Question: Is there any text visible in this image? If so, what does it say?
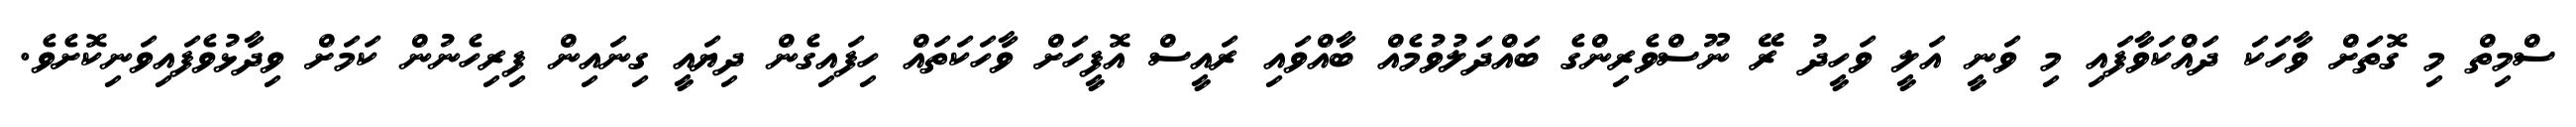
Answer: ސްމިތް މި ގޮތަށް ވާހަކަ ދައްކަވާފައި މި ވަނީ އަލީ ވަހީދު ރޭ ނޫސްވެރިންގެ ބައްދަލުވުމެއް ބާއްވައި ރައީސް އޮފީހަށް ވާހަކަތައް ހިފައިގެން ދިޔައީ ގިނައިން ފިރިހެނުން ކަމަށް ވިދާޅުވެފައިވަނިކޮށެވެ.